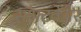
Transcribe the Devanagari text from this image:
साॅफ्टवेअर